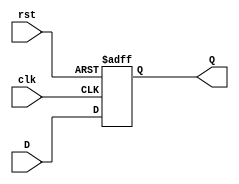
module FeedbackRegister #(
    parameter WIDTH = 8  // Parameter to define the width of the register
)(
    input wire clk,        // Clock signal
    input wire rst,        // Reset signal
    input wire [WIDTH-1:0] D, // Data input
    output reg [WIDTH-1:0] Q  // Data output
);

    // Always block triggered on the rising edge of the clock or the reset signal
    always @(posedge clk or posedge rst) begin
        if (rst) begin
            // If reset is active, set Q to zero
            Q <= {WIDTH{1'b0}}; // Reset the register to zero
        end else begin
            // On clock edge, capture the data input
            Q <= D; // Store the input data D into the output Q
        end
    end

endmodule